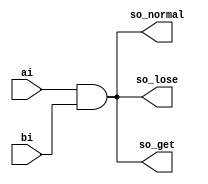
module time_delay_module(
    input   ai, bi,
    output  so_lose, so_get, so_normal);
 
    assign #20      so_lose      = ai & bi ;
    assign  #5      so_get       = ai & bi ;
    assign          so_normal    = ai & bi ;
endmodule